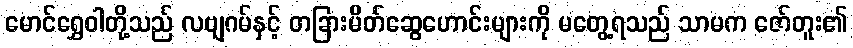
မောင်ရွှေဝါတို့သည် လဗျဂမ်နှင့် တခြားမိတ်ဆွေဟောင်းများကို မတွေ့ရသည် သာမက ဇော်တူး၏